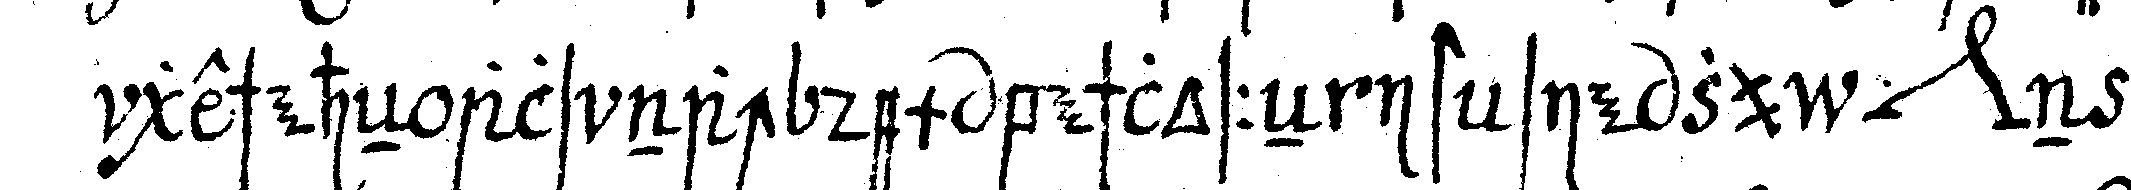
gescheheN als nach dem beschlosseN ist sie zu *nee* n zu